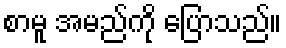
စာမူ အမည်ကို ပြောသည်။